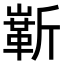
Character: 𪩗